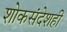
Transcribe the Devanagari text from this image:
शोकसंदेशही